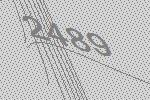
2489